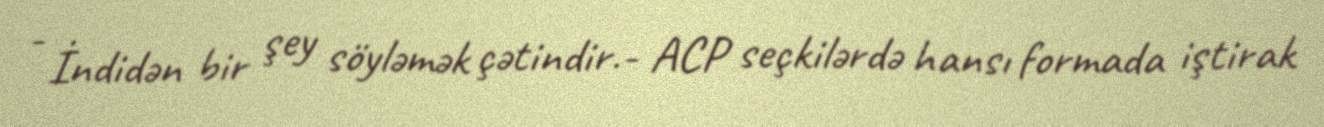
- İndidən bir şey söyləmək çətindir.- ACP seçkilərdə hansı formada iştirak